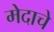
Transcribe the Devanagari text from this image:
मेदाचे